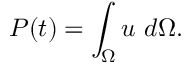
\boldsymbol { P } ( t ) = \int _ { \Omega } \boldsymbol { u } \mathrm { ~ } d \Omega .